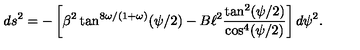
d s ^ { 2 } = - \left[ \beta ^ { 2 } \tan ^ { 8 \omega / ( 1 + \omega ) } ( \psi / 2 ) - B \ell ^ { 2 } \frac { \tan ^ { 2 } ( \psi / 2 ) } { \cos ^ { 4 } ( \psi / 2 ) } \right] d \psi ^ { 2 } .